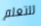
للتعلم